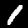
Label: 1